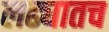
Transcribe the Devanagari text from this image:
लढ्यातच